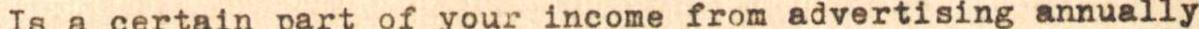
Is a certain part of your income from advertising annually